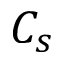
C _ { s }